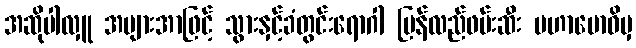
အဆိုပါလှူ အများအာဖြင့် သွားနှင့်ခံတွင်းရောဂါ ပြန်လည်ဖမ်းဆီး မဟာဗောဓိမှ